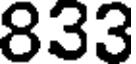
833